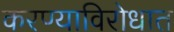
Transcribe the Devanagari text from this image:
करण्याविरोधात